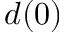
d ( 0 )